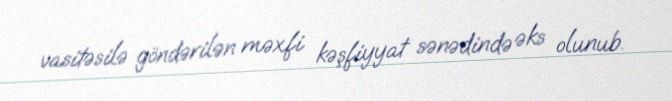
vasitəsilə göndərilən məxfi kəşfiyyat sənədində əks olunub.